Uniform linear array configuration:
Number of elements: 16
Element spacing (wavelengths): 0.75
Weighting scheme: hamming
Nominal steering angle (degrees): -60
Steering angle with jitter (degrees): -60.057
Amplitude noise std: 0.05
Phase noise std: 0.05

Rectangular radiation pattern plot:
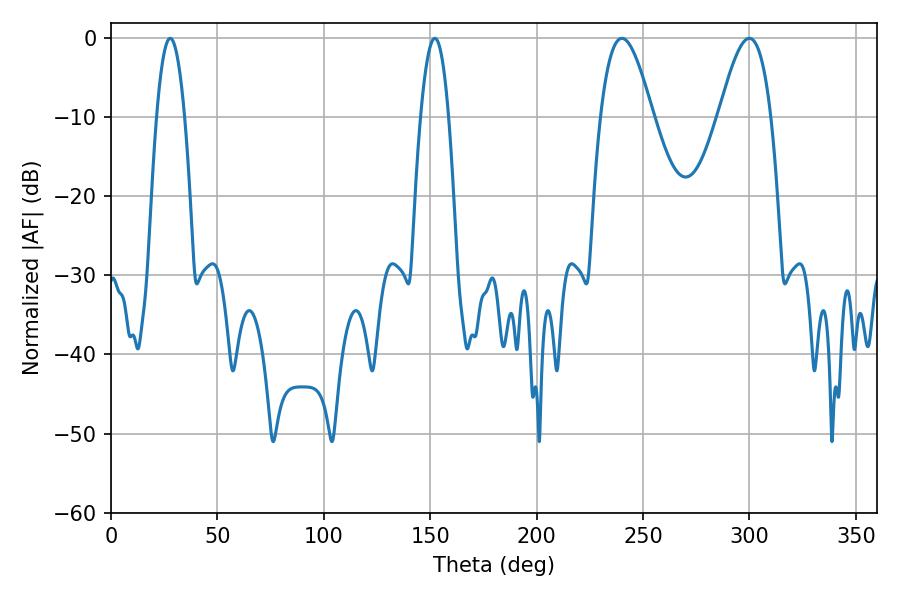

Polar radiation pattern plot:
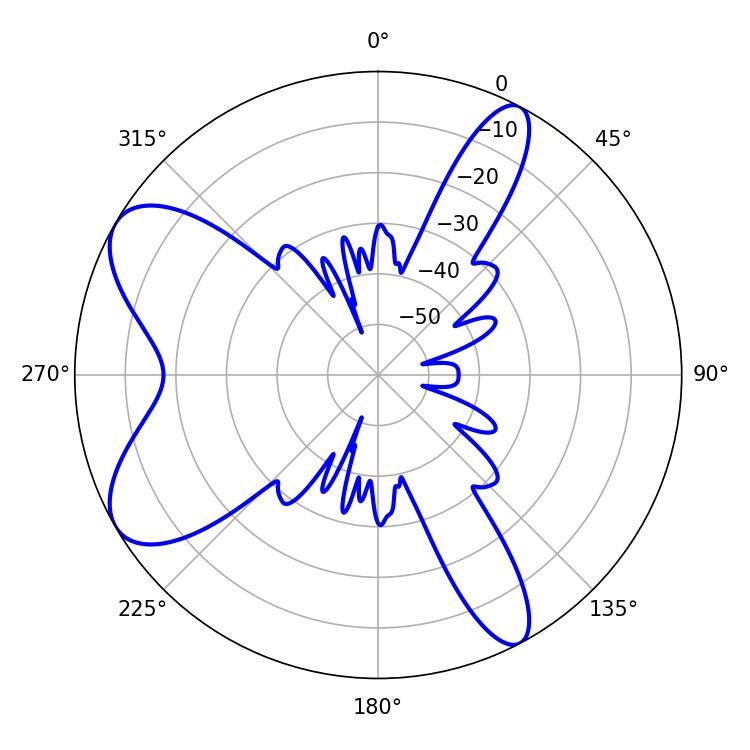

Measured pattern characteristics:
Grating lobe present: TRUE
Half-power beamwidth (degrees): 13.14
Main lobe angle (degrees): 299.88